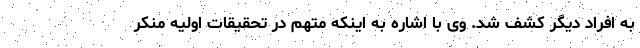
به افراد دیگر کشف شد. وی با اشاره به اینکه متهم در تحقیقات اولیه منکر